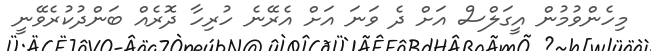
މިހެންވުމުން އީގަލްސް އަށް ދެ ވަނަ އަށް އެރޭނެ ހުރިހާ ދޮރެއް ބަންދުކުރެވޭނީ